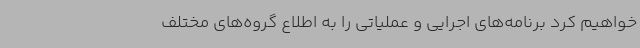
خواهیم کرد برنامه‌های اجرایی و عملیاتی را به اطلاع گروه‌های مختلف